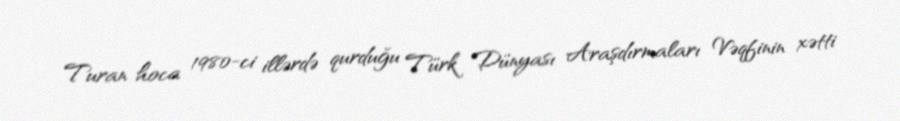
Turan hoca 1980-ci illərdə qurduğu Türk Dünyası Araşdırmaları Vəqfinin xətti